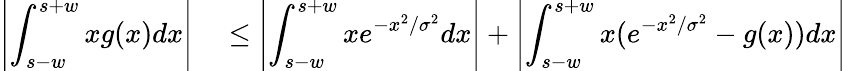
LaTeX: \begin{array}{rl}{\left|\displaystyle\int_{s-w}^{s+w}xg(x)dx\right|}&{{}\le\left|\displaystyle\int_{s-w}^{s+w}xe^{-x^{2}/\sigma^{2}}dx\right|+\left|\displaystyle\int_{s-w}^{s+w}x(e^{-x^{2}/\sigma^{2}}-g(x))dx\right|}\end{array}